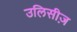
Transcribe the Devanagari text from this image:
उलिसीज़